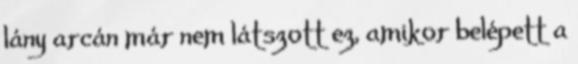
lány arcán már nem látszott ez, amikor belépett a